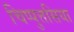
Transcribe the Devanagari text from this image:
चिप्पुत्तसिया